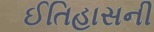
ઈતિહાસની